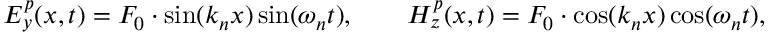
E _ { y } ^ { p } ( x , t ) = F _ { 0 } \cdot \sin ( k _ { n } x ) \sin ( \omega _ { n } t ) , \qquad H _ { z } ^ { p } ( x , t ) = F _ { 0 } \cdot \cos ( k _ { n } x ) \cos ( \omega _ { n } t ) ,